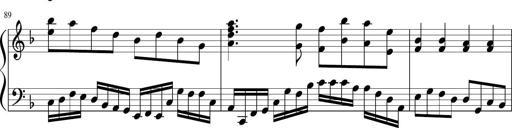
Title: Sonatina in F major
Composer: Ethan Ngo
Key: F major